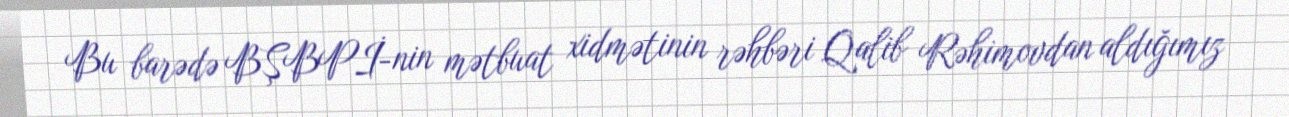
Bu barədə BŞBPİ-nin mətbuat xidmətinin rəhbəri Qalib Rəhimovdan aldığımız